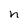
Character: n